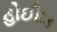
હોઈદડ